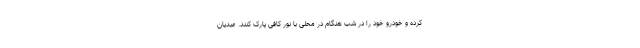
کرده و خودرو خود را در شب هنگام در محلی با نور کافی پارک کنند. عبدیان